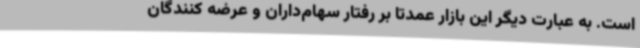
است. به عبارت دیگر این بازار عمدتا بر رفتار سهام‌داران و عرضه کنندگان